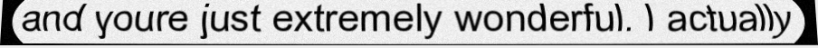
and youre just extremely wonderful. I actually